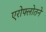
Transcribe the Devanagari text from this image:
एरोफ्लोतने